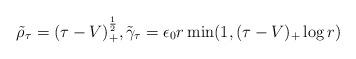
LaTeX: \begin{align*}\tilde{\rho}_\tau =(\tau -V)_+^{\frac{1}{2}},\tilde{\gamma}_\tau =\epsilon_0r\min (1, (\tau -V)_+\log r)\end{align*}